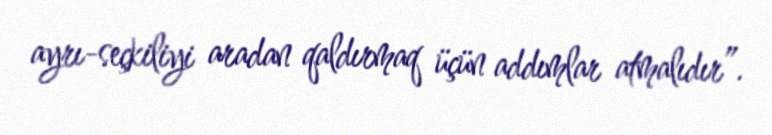
ayrı-seçkiliyi aradan qaldırmaq üçün addımlar atmalıdır”.